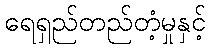
ရေရှည်တည်တံ့မှုနှင့်